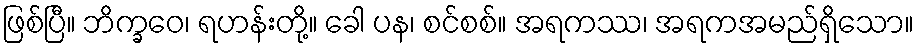
ဖြစ်ပြီ။ ဘိက္ခဝေ၊ ရဟန်းတို့။ ခေါ ပန၊ စင်စစ်။ အရကဿ၊ အရကအမည်ရှိသော။